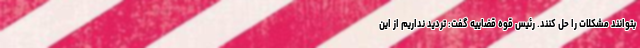
بتوانند مشکلات را حل کنند. رئیس قوه قضاییه گفت: تردید نداریم از این